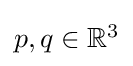
{\textstyle p,q\in \mathbb {R} ^{3}}